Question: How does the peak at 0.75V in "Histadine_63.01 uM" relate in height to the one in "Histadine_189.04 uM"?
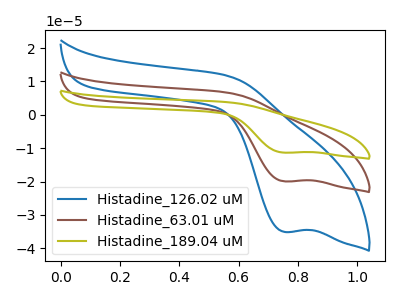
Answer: <think>The blue curve "Histadine_126.02 uM" has a cathodic peak at: (0.75V, -35.05uA). The brown curve "Histadine_63.01 uM" has a cathodic peak at: (0.75V, -19.95uA). The olive curve "Histadine_189.04 uM" has a cathodic peak at: (0.75V, -39.90uA).</think>
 <answer>The peak at 0.75V is lower in "Histadine_63.01 uM" than in "Histadine_189.04 uM".</answer>
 <eval>lower</eval>